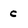
Character: c